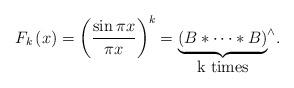
LaTeX: \begin{align*}F_{k}\left(x\right)=\left(\frac{\sin\pi x}{\pi x}\right)^{k}=\underset{\mbox{k times}}{\underbrace{\left(B\ast\cdots\ast B\right)}}^{\wedge}.\end{align*}